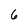
Character: 6